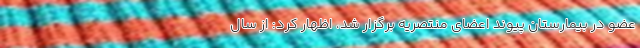
عضو در بیمارستان پیوند اعضای منتصریه برگزار شد، اظهار کرد: از سال